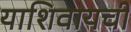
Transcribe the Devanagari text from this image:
याशिवायची